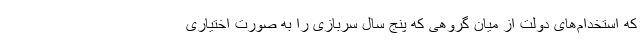
که استخدام‌های دولت از میان گروهی که پنج سال سربازی را به صورت اختیاری